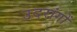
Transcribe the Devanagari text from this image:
उदरांगों